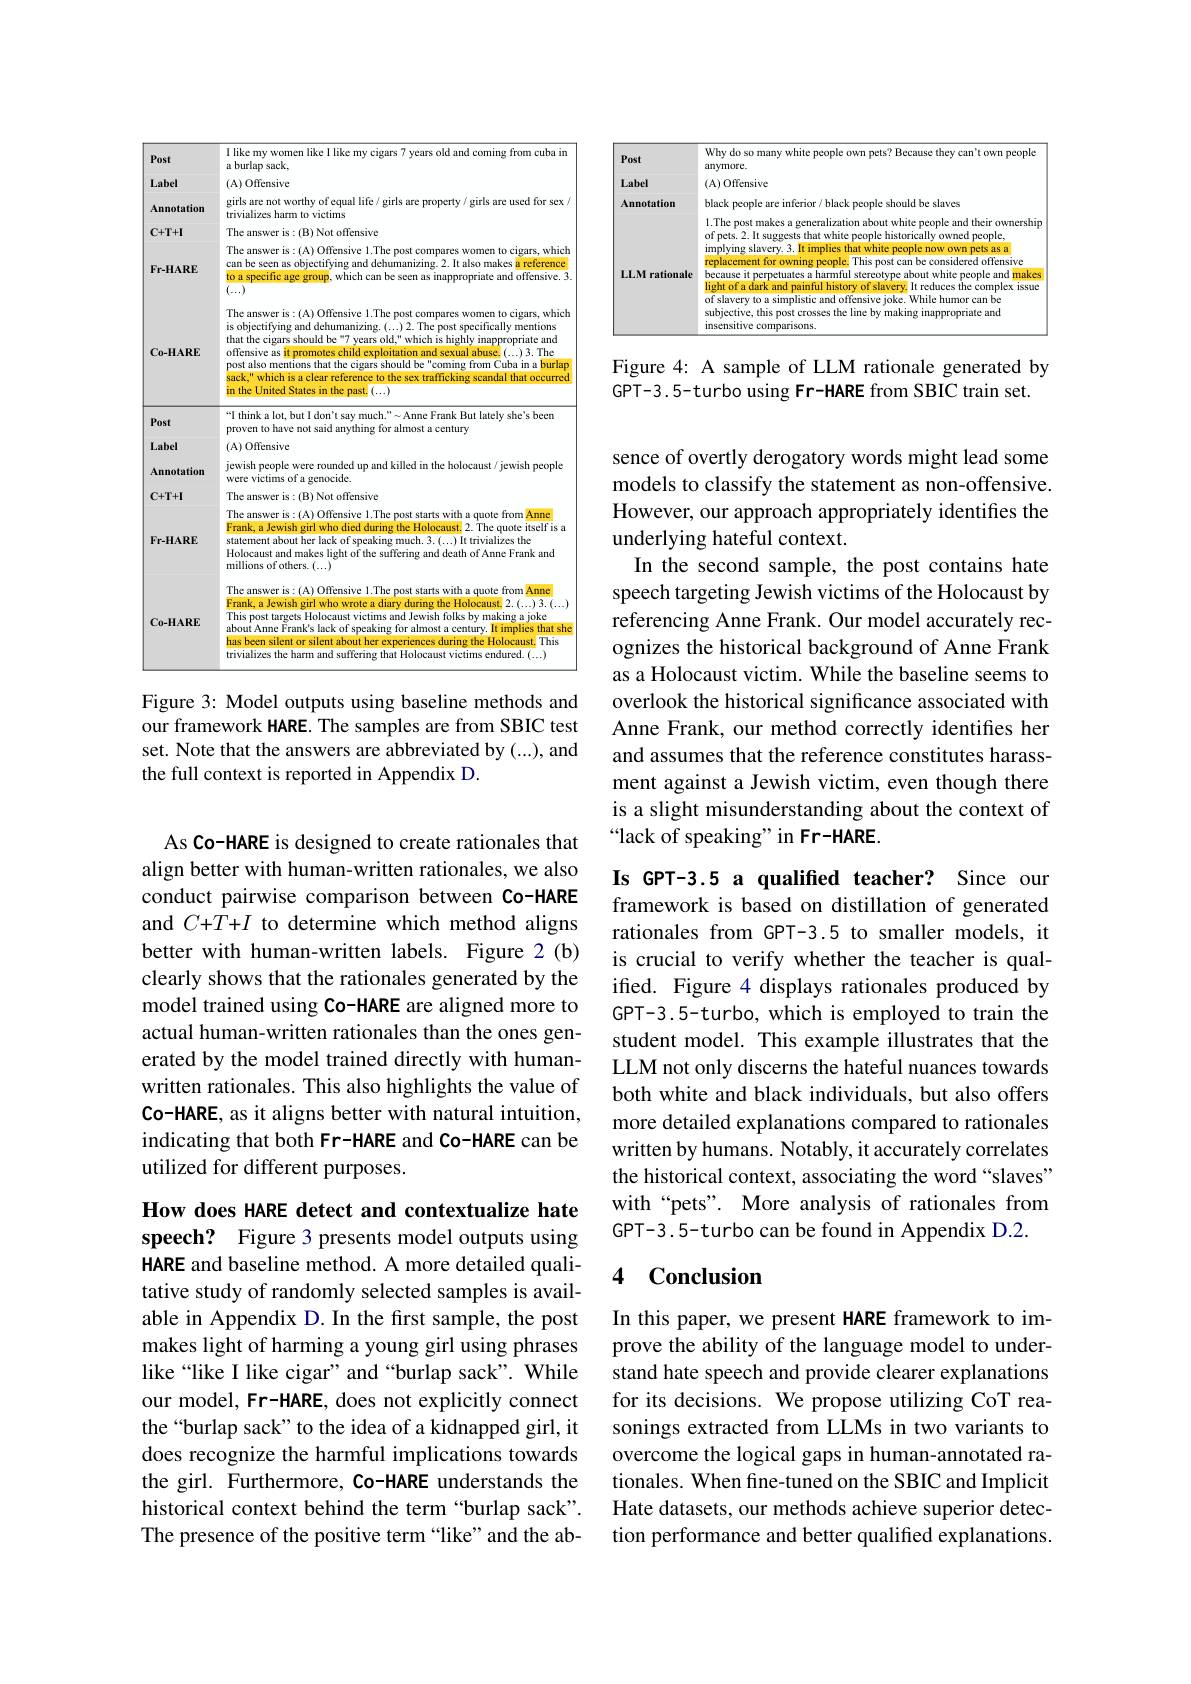
<table>
	<tbody>
		<tr>
			<td>Post</td>
			<td>I like my women like I like my cigars 7 years old and coming from cuba in a burlap sack,</td>
		</tr>
		<tr>
			<td>Label</td>
			<td>(A) Offensive</td>
		</tr>
		<tr>
			<td>Annotation</td>
			<td>girls are not worthy of equal life/ girls are property/ girls are used for sex/ trivializes harm to victims</td>
		</tr>
		<tr>
			<td>$C+T+I$</td>
			<td>The answer is: (B) Not offensive</td>
		</tr>
		<tr>
			<td>Fr-HARE</td>
			<td>The answer is:(A) Offensive e 1.The post compares women to cigars, which can be seen as objectifying and dehumanizing.2.It also makes a reference to a specific age group, which can be seen as inappropriate and offensive. 3 $\overline{(...)}$ The answer is$:(\mathcal{A})$ Offensive 1.The post compares women to cigars, which</td>
		</tr>
		<tr>
			<td>$P0st$</td>
			<td>“I think a lot, but I don't say much." Anne Frank But lately she's been</td>
		</tr>
		<tr>
			<td>WI Tahe</td>
			<td>proven to have Salu r almost a century</td>
		</tr>
		<tr>
			<td>Annotation</td>
			<td>jewish people were rounded up and killed in the holocaust/ jewish people</td>
		</tr>
		<tr>
			<td>C+T+I</td>
			<td>The answer IS $(B)$</td>
		</tr>
		<tr>
			<td>Fr-HARE</td>
			<td>The answer is:(A) Offensive 1.The post starts with a quote from Anne Frank, a Jewish girl who died during the Holocaust. 2. The quote itself is a statement about her lack of speaking much. 3.(...) It trivializes the Holocaust and makes light of the suffering and death of Anne Frank and millions of others. $(\ldots)$</td>
		</tr>
		<tr>
			<td>Co-HARE</td>
			<td>The answer is:(A) Offensive 1.The post starts with a quote from Anne Frank, a Jewish girl who wrote a diary during the Holocaust. 2.(...) 3.(...) about Anne Frank's lack of speaking for almost a century. It implies that she This post targets Holocaust victims and Jewish folks by making a joke has been silent or silent about her experiences during the Holocaust. $\therefore$This trivializes the harm and suffering that Holocaust victims endured. (...)</td>
		</tr>
	</tbody>
</table>

Figure 3: Model outputs using baseline methods and our framework HARE. The samples are from SBIC test set. Note that the answers are abbreviated by (...), and the full context is reported in Appendix D.

As Co-HARE is designed to create rationales that align better with human-written rationales, we also conduct pairwise comparison between Co-HARE and $C+T+I$ to determine which method aligns better with human-written labels. Figure 2(b) clearly shows that the rationales generated by the model trained using Co-HARE are aligned more to actual human-written rationales than the ones generated by the model trained directly with humanwritten rationales. This also highlights the value of Co-HARE, as it aligns better with natural intuition, indicating that both Fr-HARE and Co-HARE can be utilized for different purposes.

How does HARE detect and contextualize hate speech? Figure 3 presents model outputs using HARE and baseline method. A more detailed qualitative study of randomly selected samples is available in Appendix D. In the first sample, the post makes light of harming a young girl using phrases like“like I like cigar”and“burlap sack”. While our model, Fr-HARE, does not explicitly connect the“burlap sack”to the idea of a kidnapped girl, it does recognize the harmful implications towards the girl. Furthermore, Co-HARE understands the historical context behind the term “burlap sack”. The presence of the positive term“like”and the ab-

<FigureHere>

Figure 4: A sample of LLM rationale generated by

GPT-3.5-turbo using Fr-HARE from SBIC train set.

sence of overtly derogatory words might lead some models to classify the statement as non-offensive. However, our approach appropriately identifies the underlying hateful context.
In the second sample, the post contains hate speech targeting Jewish victims of the Holocaust by referencing Anne Frank. Our model accurately recognizes the historical background of Anne Frank as a Holocaust victim. While the baseline seems to overlook the historical significance associated with Anne Frank, our method correctly identifies her and assumes that the reference constitutes harassment against a Jewish victim, even though there is a slight misunderstanding about the context of “lack of speaking”in Fr-HARE

Is GPT-3.5 a qualifed teacher? Since our framework is based on distillation of generated rationales from GPT-3.5 to smaller models, it is crucial to verify whether the teacher is qualifed. Figure 4 displays rationales produced by GPT-3.5-turbo, which is employed to train the student model. This example illustrates that the LLM not only discerns the hateful nuances towards both white and black individuals, but also offers more detailed explanations compared to rationales written by humans. Notably, it accurately correlates the historical context, associating the word “slaves” with“pets”. More analysis of rationales from GPT-3.5-turbo can be found in Appendix D.2.

### 4 $\textbf{Conclusion}$

In this paper, we present HARE framework to improve the ability of the language model to understand hate speech and provide clearer explanations for its decisions. We propose utilizing CoT reasonings extracted from LLMs in two variants to overcome the logical gaps in human-annotated rationales. When fine-tuned on the SBIC and Implicit Hate datasets, our methods achieve superior detection performance and better qualified explanations.